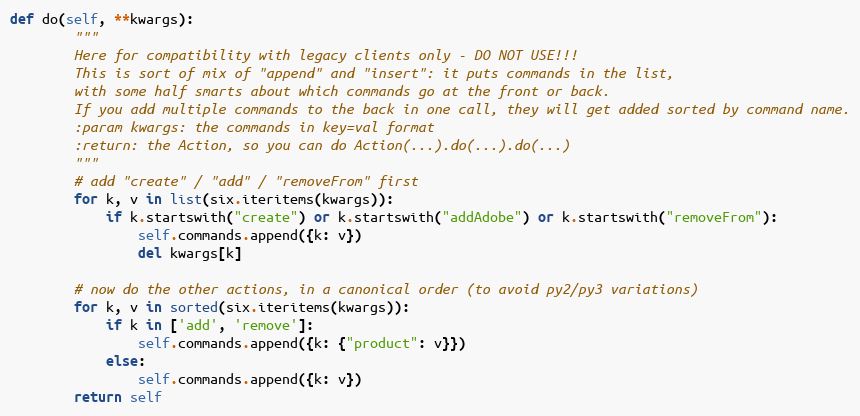
Language: Python
def do(self, **kwargs):
        """
        Here for compatibility with legacy clients only - DO NOT USE!!!
        This is sort of mix of "append" and "insert": it puts commands in the list,
        with some half smarts about which commands go at the front or back.
        If you add multiple commands to the back in one call, they will get added sorted by command name.
        :param kwargs: the commands in key=val format
        :return: the Action, so you can do Action(...).do(...).do(...)
        """
        # add "create" / "add" / "removeFrom" first
        for k, v in list(six.iteritems(kwargs)):
            if k.startswith("create") or k.startswith("addAdobe") or k.startswith("removeFrom"):
                self.commands.append({k: v})
                del kwargs[k]

        # now do the other actions, in a canonical order (to avoid py2/py3 variations)
        for k, v in sorted(six.iteritems(kwargs)):
            if k in ['add', 'remove']:
                self.commands.append({k: {"product": v}})
            else:
                self.commands.append({k: v})
        return self